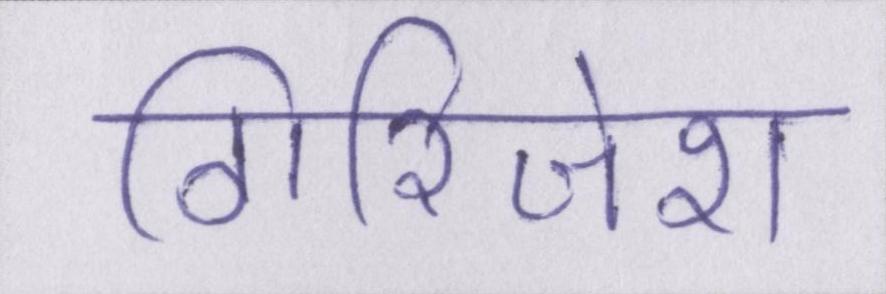
गिरिजेश